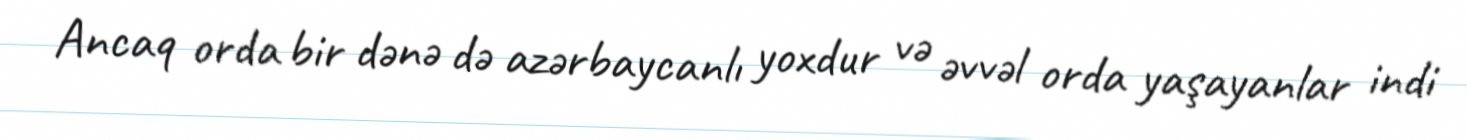
Ancaq orda bir dənə də azərbaycanlı yoxdur və əvvəl orda yaşayanlar indi